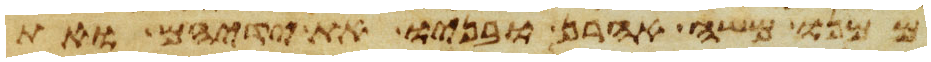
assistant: ממנו משה אהרן ובניו את ידיהם ואת